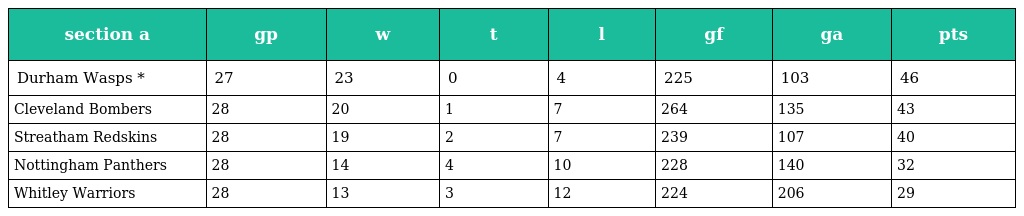
| section a | gp | w | t | l | gf | ga | pts |
 | --- | --- | --- | --- | --- | --- | --- | --- |
 | Durham Wasps * | 27 | 23 | 0 | 4 | 225 | 103 | 46 |
 | Cleveland Bombers | 28 | 20 | 1 | 7 | 264 | 135 | 43 |
 | Streatham Redskins | 28 | 19 | 2 | 7 | 239 | 107 | 40 |
 | Nottingham Panthers | 28 | 14 | 4 | 10 | 228 | 140 | 32 |
 | Whitley Warriors | 28 | 13 | 3 | 12 | 224 | 206 | 29 |